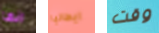
انها ايطاليا وقت